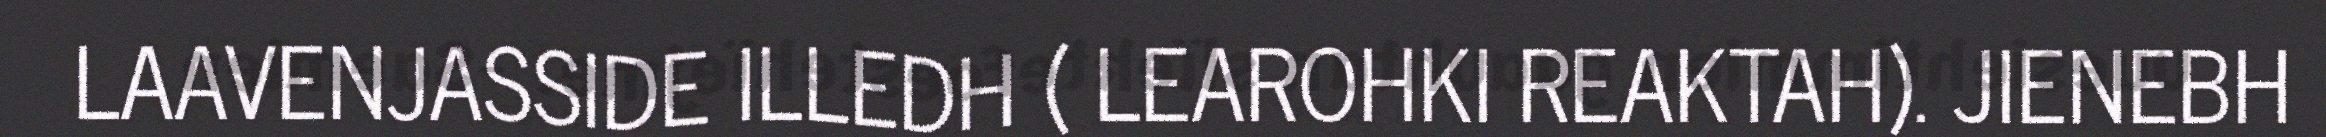
LAAVENJASSIDE ILLEDH ( LEAROHKI REAKTAH). JIENEBH